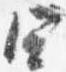
四